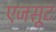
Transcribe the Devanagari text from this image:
एजसूट